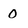
Character: 0